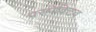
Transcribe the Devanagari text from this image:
पस्र्पेक्टिव